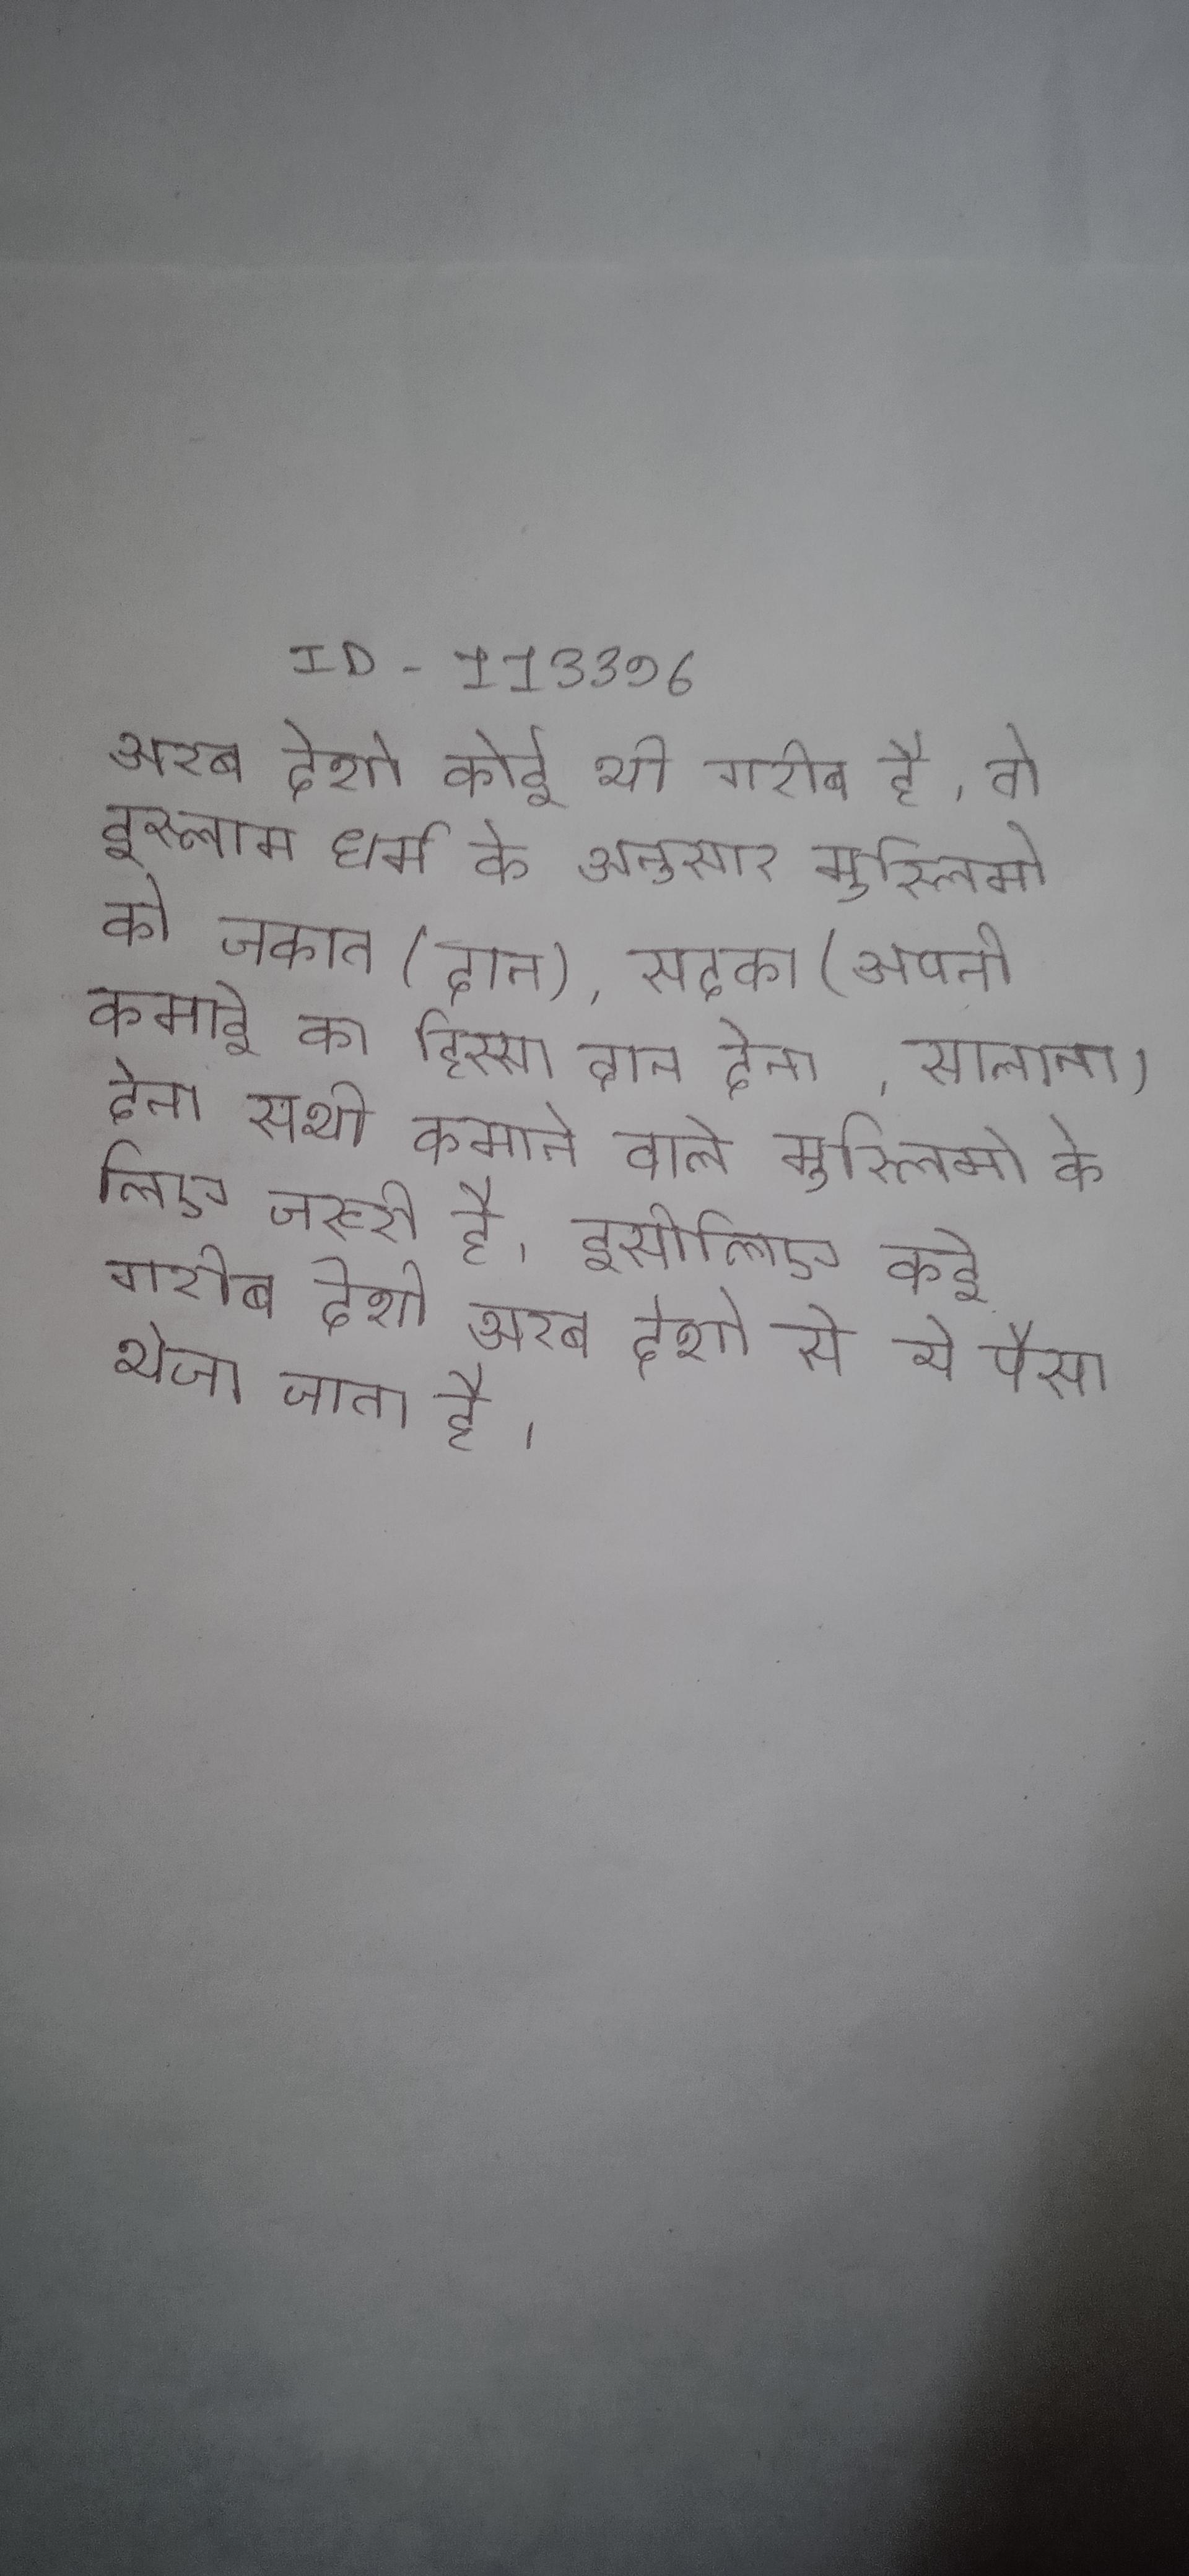
अरब देशो कोई भी गरीब है, तो इस्लाम धर्म के अनुसार मुस्लिमो को जकात (दान), सदका (अपनी कमाई का हिस्सा दान देना, सालाना) देना सभी कमाने वाले मुस्लिमो के लिए जरूरी है, इसीलिए कई गरीब देशो अरब देशो से ये पैसा भेजा जाता है ।